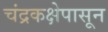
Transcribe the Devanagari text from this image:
चंद्रकक्षेपासून